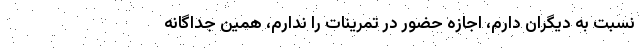
نسبت به دیگران دارم، اجازه حضور در تمرینات را ندارم، همین جداگانه